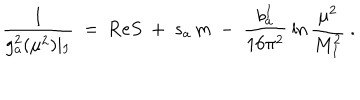
LaTeX: \frac { 1 } { g _ { a } ^ { 2 } ( \mu ^ { 2 } ) \mid _ { I } } \ = \ \mathrm { R e } S \ + \ s _ { a } \, m \ - \ \frac { b _ { a } ^ { I } } { 1 6 \pi ^ { 2 } } \: \ln \frac { \mu ^ { 2 } } { M _ { I } ^ { 2 } } \ .